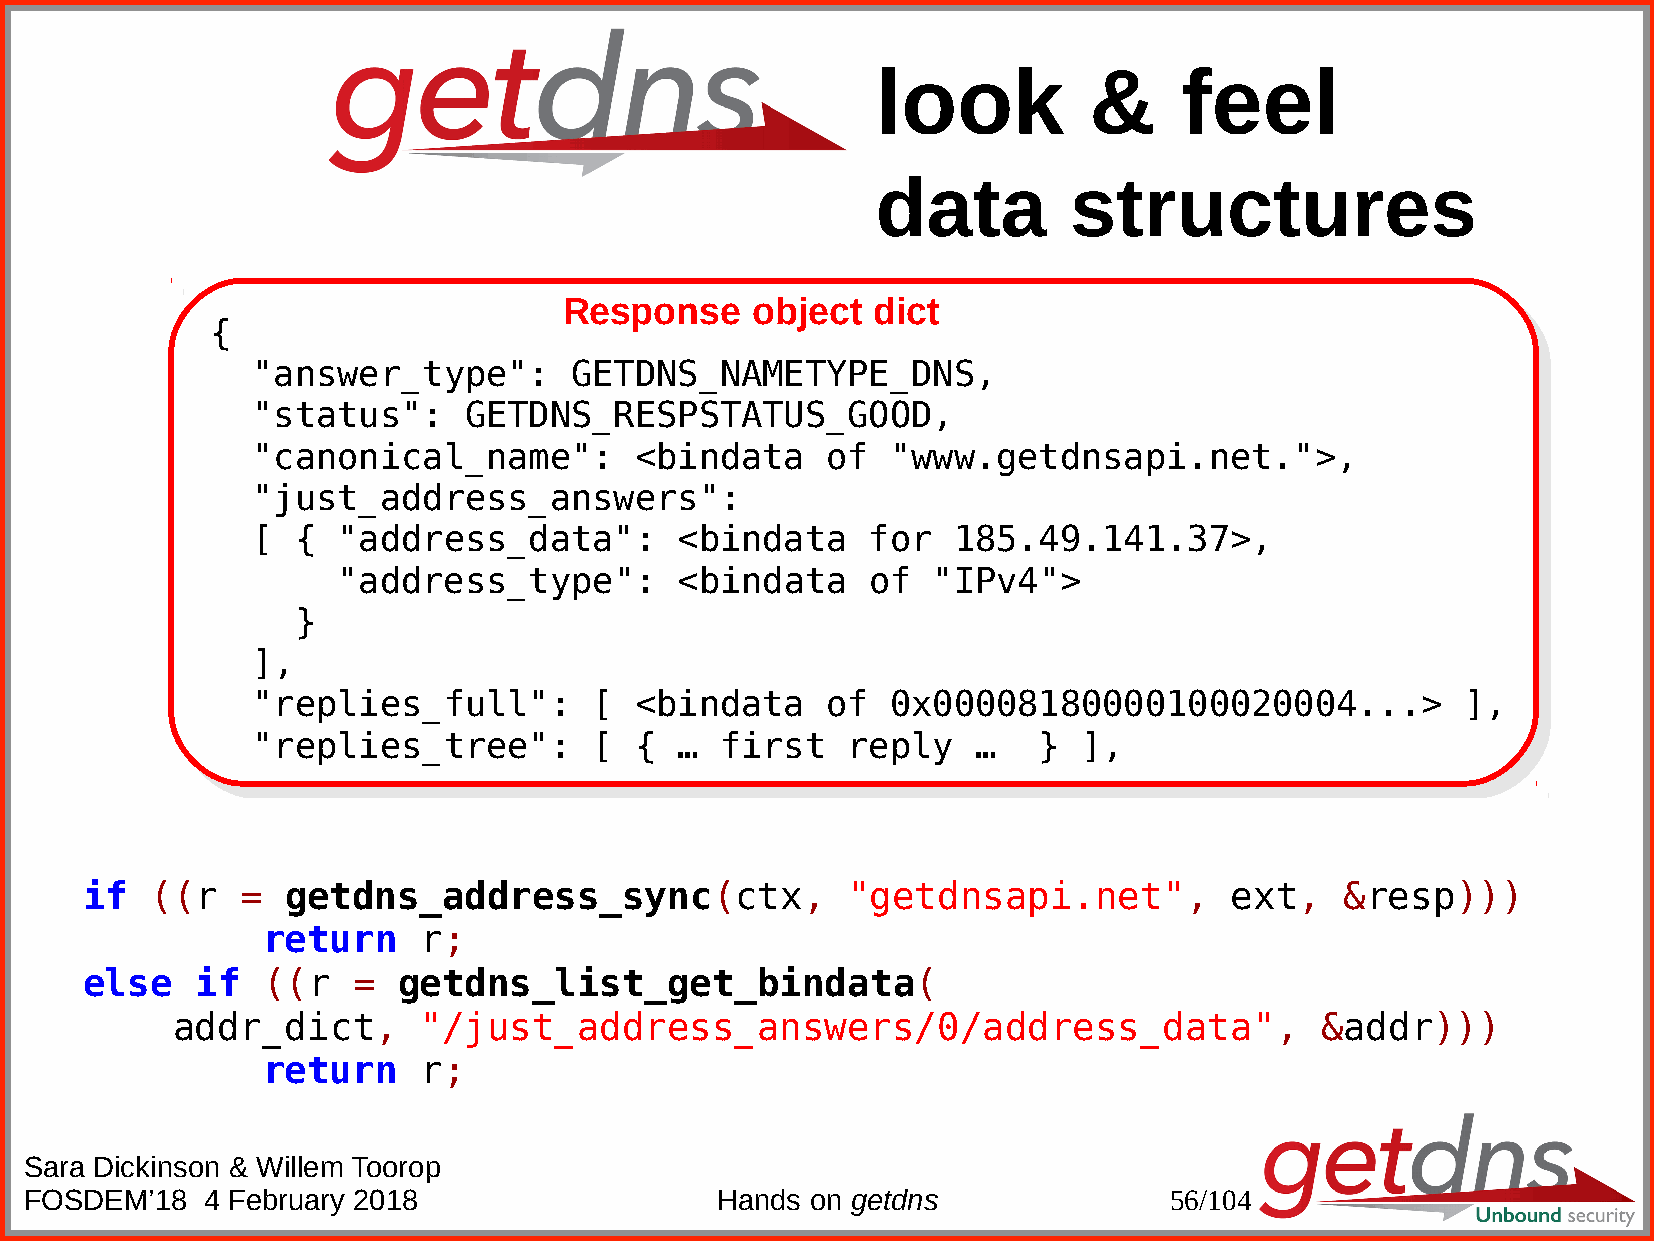
look          &     feel
 data         structures
 Response     object  dict
 {
 {
 "answer_type":       GETDNS_NAMETYPE_DNS,
 "answer_type":        GETDNS_NAMETYPE_DNS,
 "status":     GETDNS_RESPSTATUS_GOOD,
 "status":      GETDNS_RESPSTATUS_GOOD,
 "canonical_name":        <bindata     of  "www.getdnsapi.net.">,
 "canonical_name":         <bindata    of   "www.getdnsapi.net.">,
 "just_address_answers":
 "just_address_answers":
 [  { "address_data":        <bindata    for   185.49.141.37>,
 [  {  "address_data":        <bindata    for   185.49.141.37>,
 "address_type":        <bindata    of   "IPv4">
 "address_type":        <bindata    of  "IPv4">
 }
 }
 ],
 ],
 "replies_full":       [  <bindata     of  0x00008180000100020004...>            ],
 "replies_full":        [  <bindata    of   0x00008180000100020004...>            ],
 "replies_tree":       [  {  …  first   reply    …   }  ],
 "replies_tree":        [  {  … first    reply   …    } ],
 if   ((r   =  getdns_address_sync(ctx,             "getdnsapi.net",         ext,    &resp)))
 return     r;
 else    if  ((r   =  getdns_list_get_bindata(
 addr_dict,       "/just_address_answers/0/address_data",                    &addr)))
 return     r;
 Sara Dickinson & Willem Toorop
 FOSDEM’18  4 February 2018                   Hands  on getdns              56/104